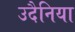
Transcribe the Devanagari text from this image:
उदैनिया